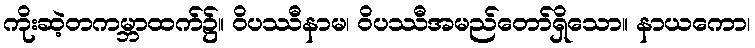
ကိုးဆဲ့တကမ္ဘာထက်၌။ ဝိပဿီနာမ၊ ဝိပဿီအမည်တော်ရှိသော။ နာယကော၊